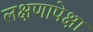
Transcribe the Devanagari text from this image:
लक्षणापेक्षा